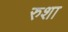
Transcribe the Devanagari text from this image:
रुशा